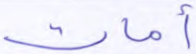
أمات